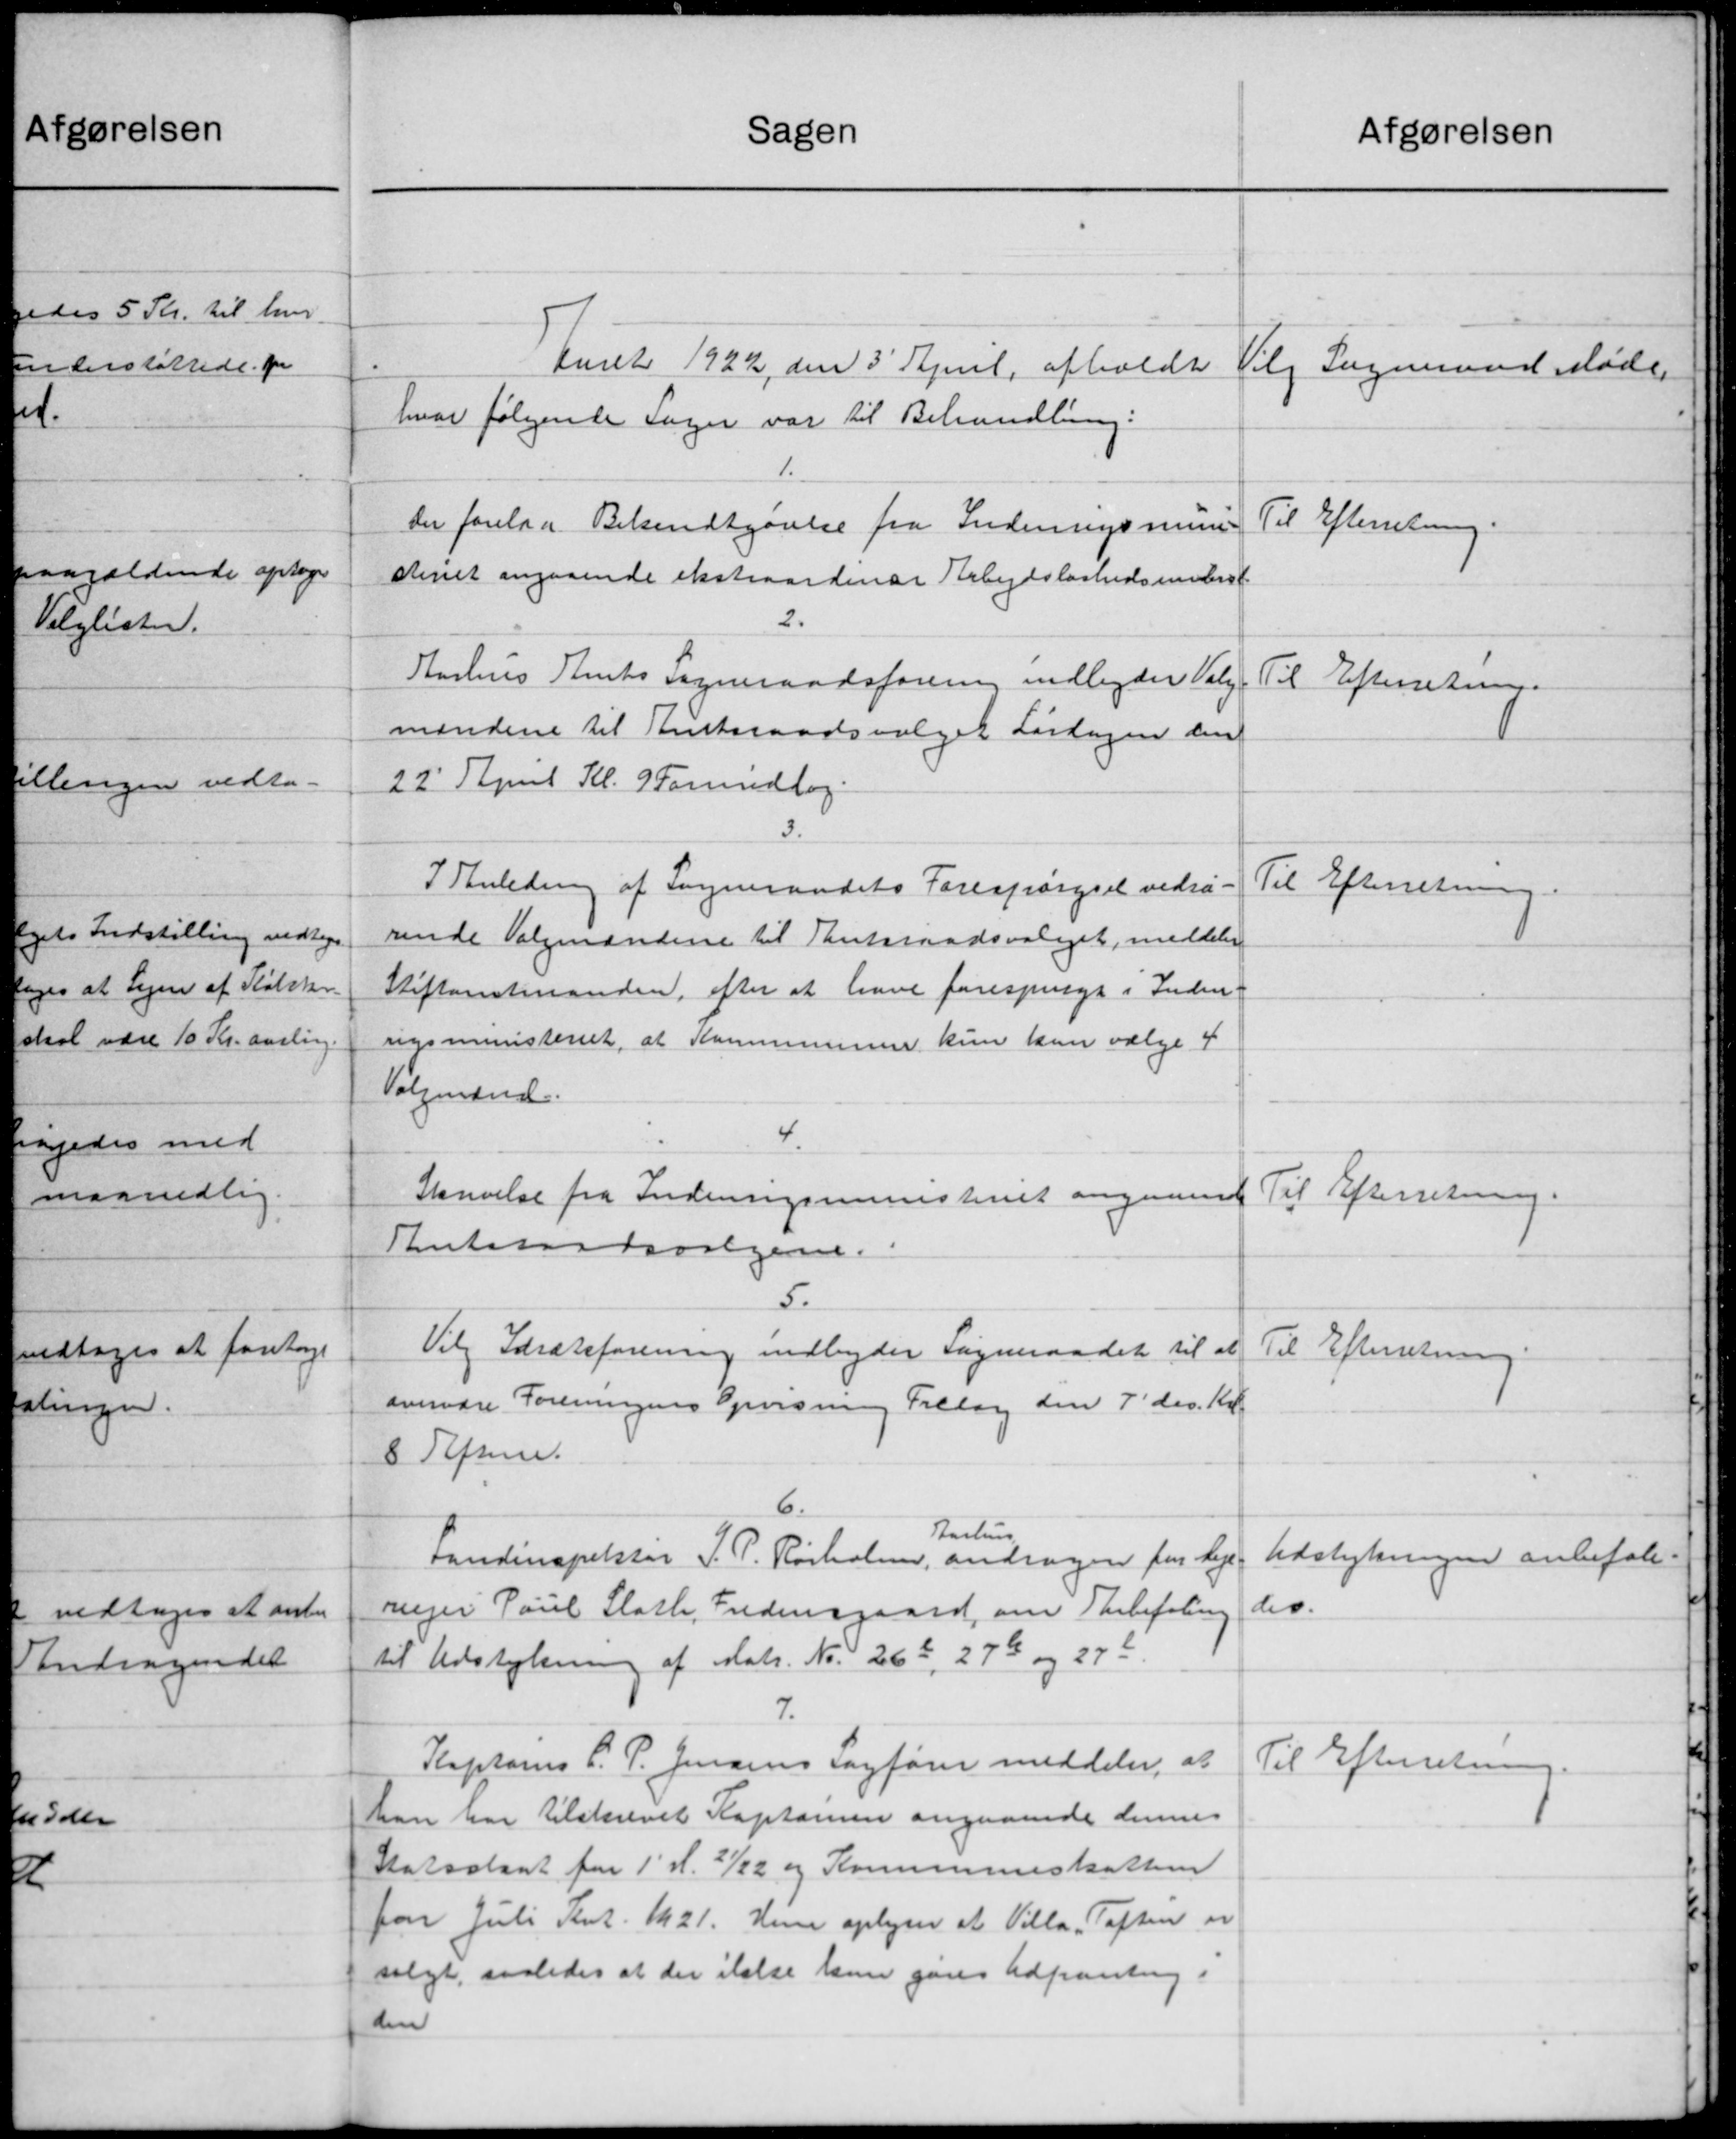
Transskription:
Sagen
Aaret 1922 den 3' April, afholdt
hvor følgende Sager var til Behandling.
1.
Der forelaa Bekendtgørelse fra Indenrigsminis
steriet angaaende ekstraordinær Arbejdsløshedsunderst
2.
Aarhus Amts Sogneraadsforening indbyder Valg
mændene til Amtsraadsvalget Lørdagen den
22' April Kl. 9 Forundlag
3.
I Anledning af Sogneraadets Forespørgsel vedrø-
rende Valgmændene til Amtsraadsvalget, meddeler
Stiftamtmanden, efter at have forespurgt i Inden-
rysministeriet, at Kommunens kun kun vælge 4
Valgmænd
4.
Skrivelse fra Indenrigsministeriet angaaende
Amtsraadsvalgene.
5.
Vilg Idrætsforening indbyder Sogneraadet til at
overvære Foreningens Opvisning Tillag den 7' ds. Kl.
8 Refune.
6.
Aarhus.
Landinspektør J. P. Rørholm, andragen for lige
mejer Paul Sloth, Fredensgaard, om Anbefaling
til Udstykning af Matr. Nr. 262, 279 og 27 k
7.
Kaptains C. P. Jensens Sagfører meddeler, at
han har tilskrevet Kaptainen angaaende dennes
Statsolsat for 1' d. 21/22 og Kommuneskatten
for Juli Tent. 1921. Hun oplyser at Villa "Toften er
salgt, saaledes at der ikke kun gøres Udpantning i
den